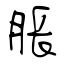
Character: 脹